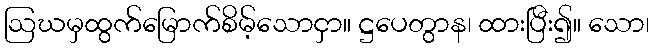
ဩဃမှထွက်မြောက်စိမ့်သောငှာ။ ဋ္ဌပေတွာန၊ ထားပြီး၍။ သော၊